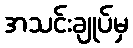
အသင်းချုပ်မှ